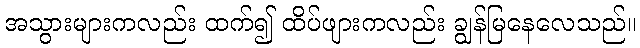
အသွားများကလည်း ထက်၍ ထိပ်ဖျားကလည်း ချွန်မြနေလေသည်။